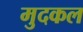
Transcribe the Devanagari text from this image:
मुदकल